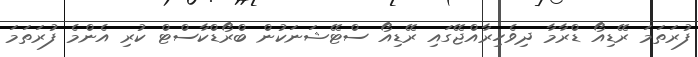
ފުރަތަމަ ރޭޑިއޯ ޑްރާމާ ދިވެހިރާއްޖޭގައި ރޭޑިއޯ ސްޓޭޝަނަކުން ބްރޯޑްކާސްޓް ކުރި އެންމެ ފުރަތަމަ